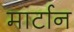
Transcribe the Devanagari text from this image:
मार्टान